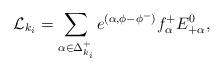
LaTeX: \begin{align*}{\cal L}_{k_i}=\sum_{\alpha\in\Delta^+_{k_i}}e^{(\alpha ,\phi -\phi^-)}f^+_{\alpha}E^0_{+\alpha},\end{align*}